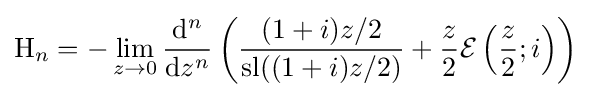
\mathrm {H} _{n}=-\lim _{z\to 0}{\frac {\mathrm {d} ^{n}}{\mathrm {d} z^{n}}}\left({\frac {(1+i)z/2}{\operatorname {sl} ((1+i)z/2)}}+{\frac {z}{2}}{\mathcal {E}}\left({\frac {z}{2}};i\right)\right)